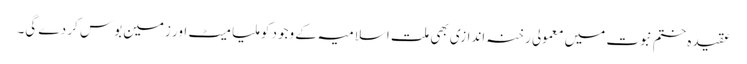
عقیدہ ختم نبوت میں معمولی رخنہ اندازی بھی ملت اسلامیہ کے وجود کو ملیا میٹ اور زمین بوس کر دے گی۔